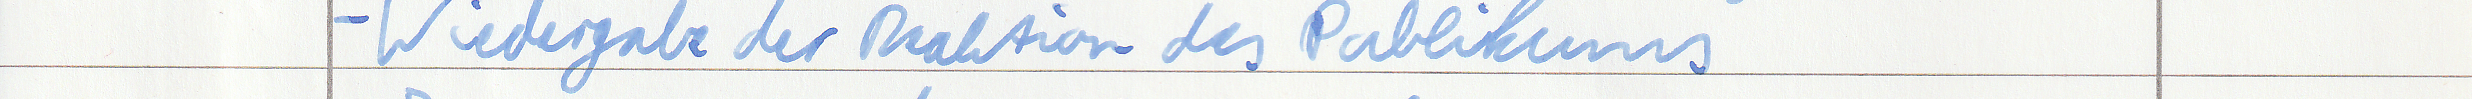
- Wiedergabe der Reaktion des Publikums